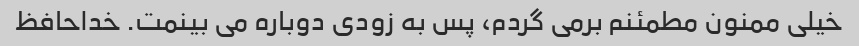
خیلی ممنون مطمئنم برمی گردم، پس به زودی دوباره می بینمت. خداحافظ